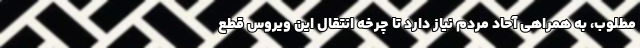
مطلوب، به همراهی آحاد مردم نیاز دارد تا چرخه انتقال این ویروس قطع